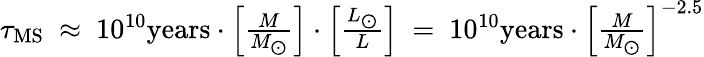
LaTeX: \begin{array}{l}{\tau_{\mathrm{{MS}}}\ \approx\ 10^{10}{\mathrm{years}}\cdot\left[{\frac{M}{M_{\bigodot}}}\right]\cdot\left[{\frac{L_{\bigodot}}{L}}\right]\ =\ 10^{10}{\mathrm{years}}\cdot\left[{\frac{M}{M_{\bigodot}}}\right]^{-2.5}}\end{array}